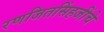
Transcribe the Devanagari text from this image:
रणजितसिंहजींचे